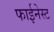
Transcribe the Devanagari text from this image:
फाईनेस्ट